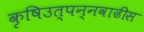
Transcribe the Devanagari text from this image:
कृषिउत्पन्नवाढीस